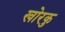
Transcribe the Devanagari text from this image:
खोरकु